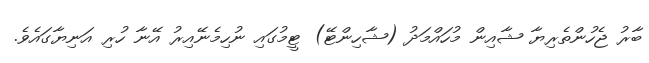
ބާރު ޖެހުންތެރިޔާ ޝާއިން މުހައްމަދު (ޝާހިންޓޭ) ޓީމުގައި ނުހިމެނޭއިރު އޭނާ ހުރި އަނިޔާގައެވެ.